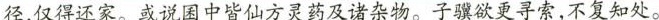
径，仅得还家。或说困中皆仙方灵药及诸杂物。子骥欲更寻索，不复知处。